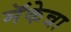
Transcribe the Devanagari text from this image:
मॅकेन्ना